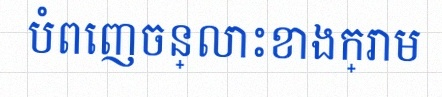
បំពេញចន្លោះខាងក្រោម